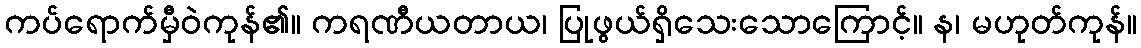
ကပ်ရောက်မှီဝဲကုန်၏။ ကရဏီယတာယ၊ ပြုဖွယ်ရှိသေးသောကြောင့်။ န၊ မဟုတ်ကုန်။